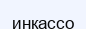
инкассо